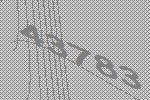
43783